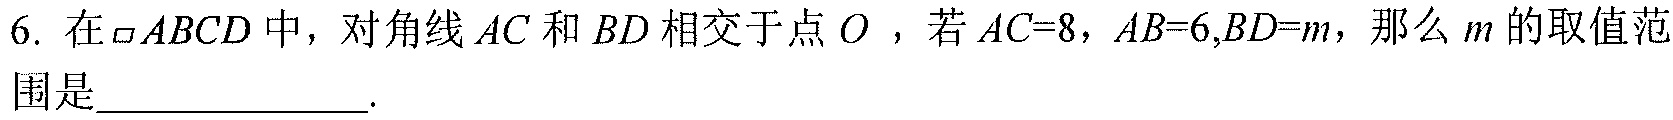
6. 在\(\square ABCD\)中，对角线\(AC\)和\(BD\)相交于点\(O\) ，若\(AC = 8\)，\(AB = 6,BD = m\)，那么\(m\)的取值范围是____________.